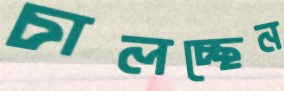
চালচ্ছেন